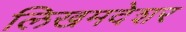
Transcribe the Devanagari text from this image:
लिखमदेशर